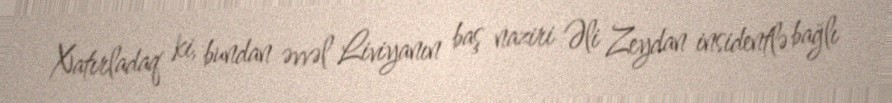
Xatırladaq ki, bundan əvvəl Liviyanın baş naziri Əli Zeydan insidentlə bağlı